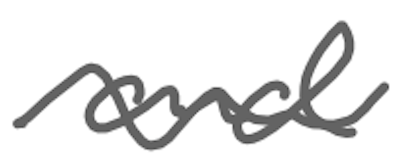
Text: and
Cross-out: wave
Writing tool: digital_gray